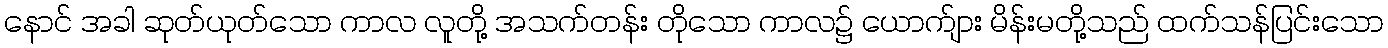
နောင် အခါ ဆုတ်ယုတ်သော ကာလ လူတို့ အသက်တန်း တိုသော ကာလ၌ ယောက်ျား မိန်းမတို့သည် ထက်သန်ပြင်းသော